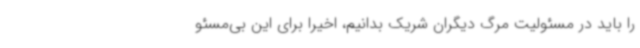
را باید در مسئولیت مرگ دیگران شریک بدانیم، اخیرا برای این بی‌مسئو